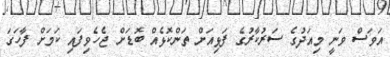
އަވަސް ވަނީ މިއަދުގެ ސަރުކާރުގެ ފަޅިއަށް ތަންކޮޅެއް ބޮޑަށް ޖެހެވިފައި ކަމަށް ފާހަގަ